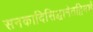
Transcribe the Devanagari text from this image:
सनकादिसिद्धानेतद्विमर्शे